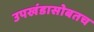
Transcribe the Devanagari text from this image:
उपखंडासोबतच